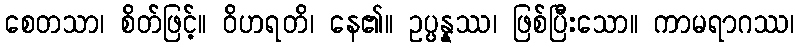
စေတသာ၊ စိတ်ဖြင့်။ ဝိဟရတိ၊ နေ၏။ ဥပ္ပန္နဿ၊ ဖြစ်ပြီးသော။ ကာမရာဂဿ၊